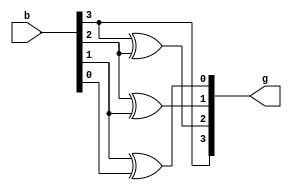
`timescale 1ns / 1ps
//////////////////////////////////////////////////////////////////////////////////
// Company: 
// Engineer: 
// 
// Design Name: 
// Module Name:    binarytogray 
// Project Name: 
// Target Devices: 
// Tool versions: 
// Description: 
//
// Dependencies: 
//
// Revision: 
// Revision 0.01 - File Created
// Additional Comments: 
//
//////////////////////////////////////////////////////////////////////////////////
module binarytogray(
	input [3:0] b,
	output[3:0] g
    );
	 
	 assign g[3]=b[3];
	 assign g[2]=b[3]^b[2];
	 assign g[1]=b[2]^b[1];
	 assign g[0]=b[1]^b[0];
	 
endmodule